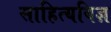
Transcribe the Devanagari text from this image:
साहित्यविज्ञ